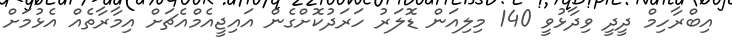
އިބްރާހިމް ދީދީ ވިދާޅުވީ 140 މިލިއަން ޑޮލަރު ހަރަދުކޮށްގެން އައިޖީއެމްއެޗަށް އިމާރާތެއް އެޅުމަށް